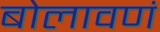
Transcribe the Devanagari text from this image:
बोलावणं